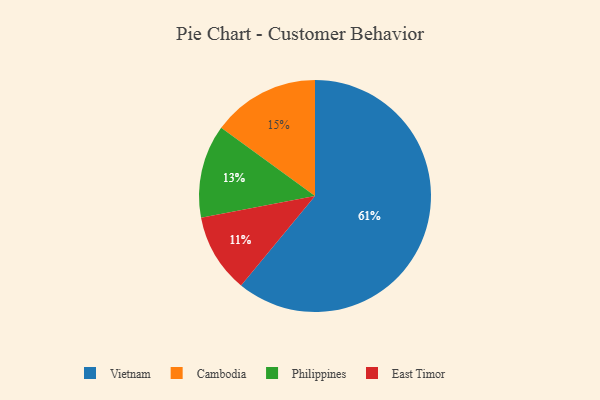
{"axis": {"x": "Category", "y": "Percentage"}, "legend": ["Cambodia", "East Timor", "Philippines", "Vietnam"], "data": [{"x": "East Timor", "y": 11, "type": "East Timor"}, {"x": "Vietnam", "y": 61, "type": "Vietnam"}, {"x": "Cambodia", "y": 15, "type": "Cambodia"}, {"x": "Philippines", "y": 13, "type": "Philippines"}]}